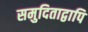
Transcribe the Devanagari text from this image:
समुदिताद्वापि